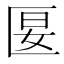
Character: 匽